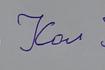
Signature authenticity: forged